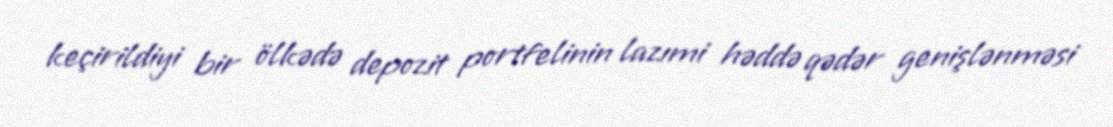
keçirildiyi bir ölkədə depozit portfelinin lazımi həddə qədər genişlənməsi